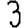
Digit: 3